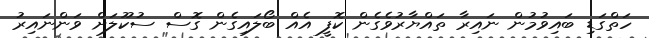
ހަތްގަޑި ބައިވުމުން ނައިރާ ތައްޔާރުވެގެން ކޮފީ އެއް ބޯލައިގެން ގޮސް ސުކޫލަށް ވަންނައިރު